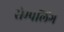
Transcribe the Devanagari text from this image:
सेम्पलिंग